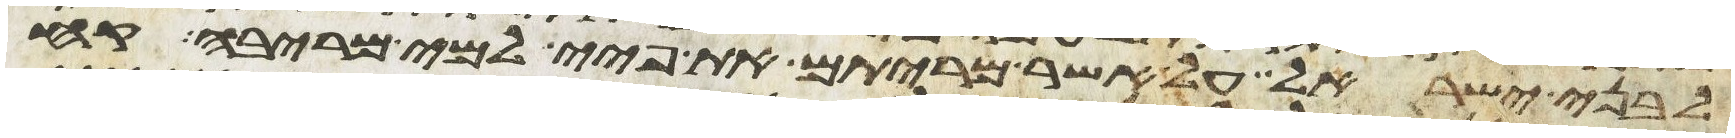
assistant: לבני ישראל על אשר מריתם את פיי למי מריבה קח